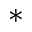
\ast